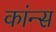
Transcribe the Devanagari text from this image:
कांन्स